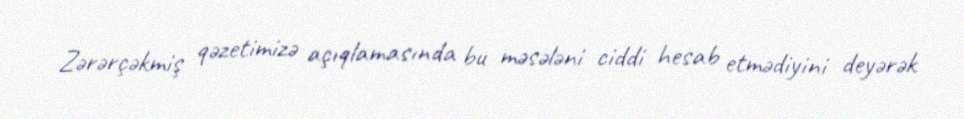
Zərərçəkmiş qəzetimizə açıqlamasında bu məsələni ciddi hesab etmədiyini deyərək